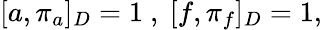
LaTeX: [a,\pi_{a}]_{D}=1~,~[f,\pi_{f}]_{D}=1,